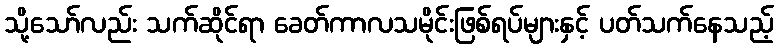
သို့သော်လည်း သက်ဆိုင်ရာ ခေတ်ကာလသမိုင်းဖြစ်ရပ်များနှင့် ပတ်သက်နေသည့်